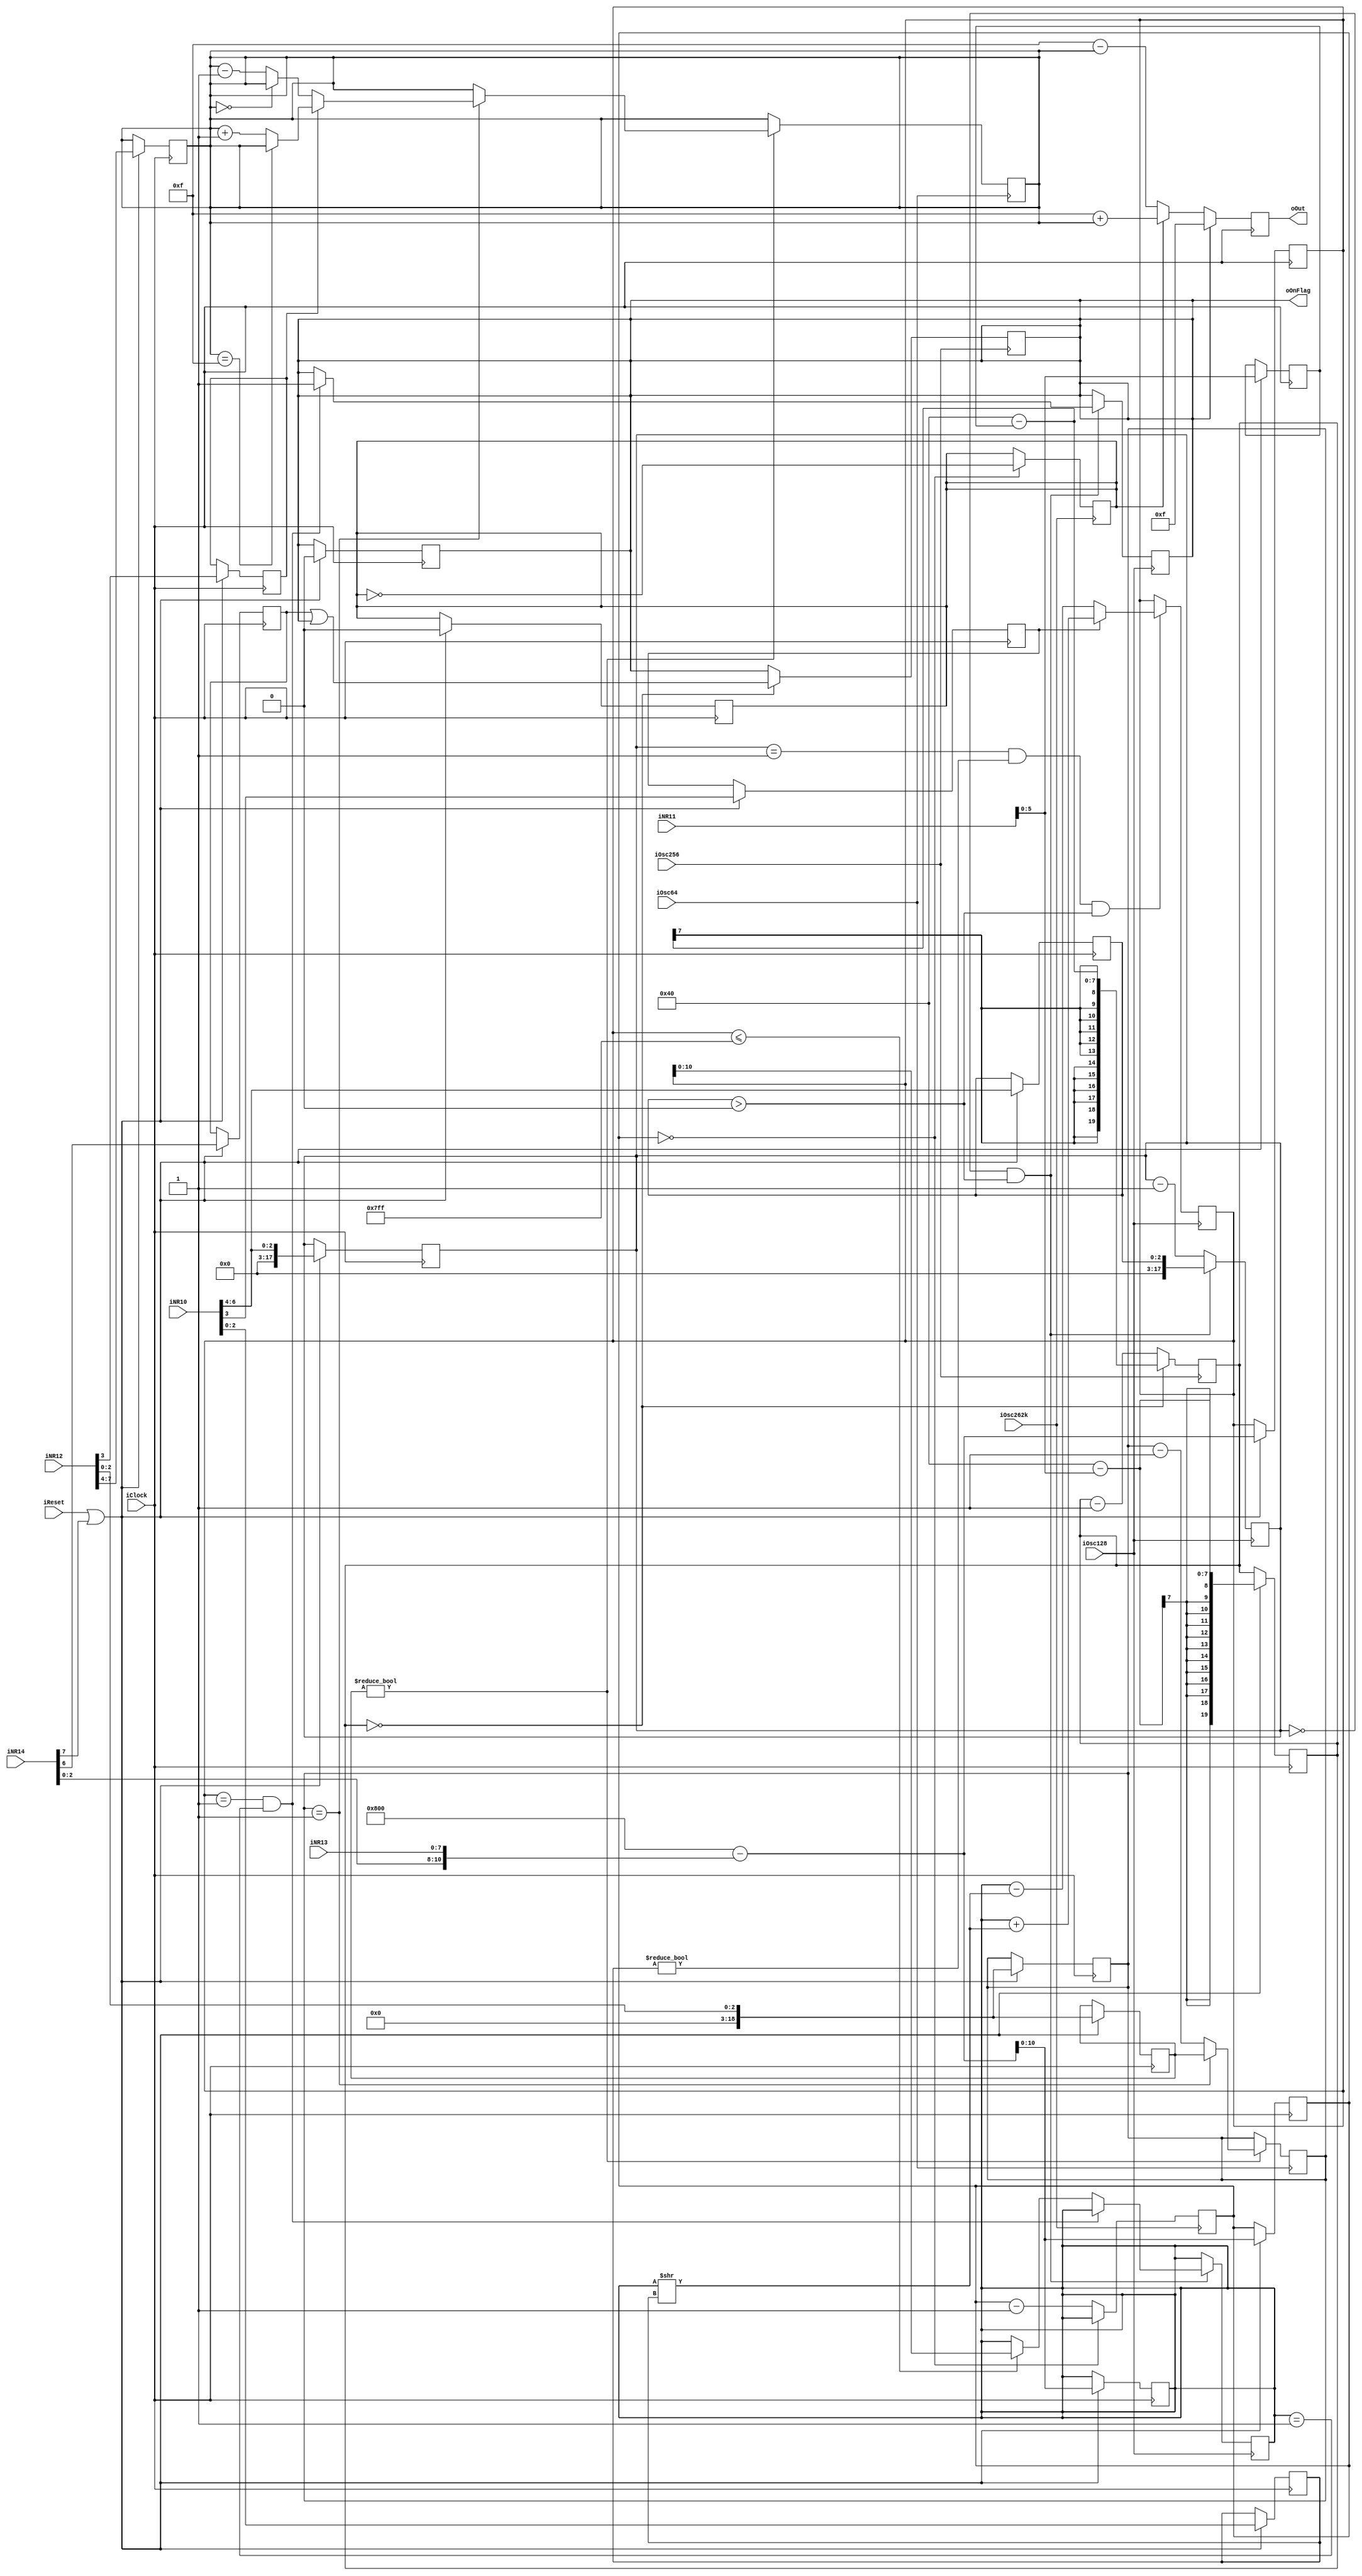
module SoundCtrlChannel1 
  (
    input wire		iClock,			
    input wire		iReset,
    input wire		iOsc64,			
	input wire		iOsc256,		
	input wire 		iOsc128,		
    input wire		iOsc262k,		
    input wire [7:0] iNR10,
    input wire [7:0] iNR11,
    input wire [7:0] iNR12,
    input wire [7:0] iNR13,
    input wire [7:0] iNR14,            
    output reg [4:0]	oOut,
    output wire oOnFlag    
  );
 	reg [2:0] rSweepShifts;
 	reg rSweepMode;
 	reg [2:0] rSweepTime;
 	reg [17:0] rSweepCounter;
	reg [11:0] rSoundFrequencyNew;
	reg [5:0] rLength;
 	reg [19:0] rLengthCounter;	
	reg [1:0] rDutyCycle;
	reg rTimedMode;
 	reg rLengthComplete; 	
	reg rTone;
	reg [10:0] rSoundFrequency;
	reg [10:0] rSoundFrequencyCounter;
	reg [3:0] rStep;
	reg [18:0] rStepTime;
	reg [18:0] rStepCounter;
	reg [3:0] rInitialValue;
	reg rEvelopeMode;
 	wire [4:0] up_value, down_value;
	always @(posedge iClock) begin
		if (iReset || iNR14[7]) begin 
			rLength 		<= iNR11[5:0];
			rLengthCounter 	<= 64-iNR11[5:0]; 	
			rLengthComplete <= 0;			
			rDutyCycle		<= iNR11[7:6];
			rTimedMode <= iNR14[6];
			rStepTime		<= iNR12[2:0];
			rStepCounter 	<= iNR12[2:0]; 
			rEvelopeMode	<= iNR12[3];
			rInitialValue	<= iNR12[7:4];
			rStep 			<= iNR12[7:4];
			rTone 			<= 0;
			rSoundFrequency[10:0] <= 2048-{iNR14[2:0],iNR13[7:0]};
			rSoundFrequencyCounter[10:0] <= 2048-{iNR14[2:0],iNR13[7:0]}; 
			rSoundFrequencyNew <= 2048-{iNR14[2:0],iNR13[7:0]};
			rSweepShifts <= iNR10[2:0];
			rSweepMode <= iNR10[3];
			rSweepTime <= iNR10[6:4];
			rSweepCounter <= iNR10[6:4];
		end
	end
  	always @(posedge iOsc64) begin
  		if (rStepTime != 0) begin 			
	  		if (rStepCounter ==1 ) begin
	  			rStepCounter <= rStepTime; 	
				if(rEvelopeMode) begin 		
					rStep <= ((rStep == 4'hF) ? rStep : rStep+1); 
				end
				else begin
					rStep <= ((rStep == 4'h0) ? rStep : rStep-1); 
				end
	  		end
	  		else begin
	  			rStepCounter <= rStepCounter-1;
	  		end  	
	  	end
	end
	always @(posedge iOsc262k) begin
		if (rSoundFrequencyCounter ==0) begin
			rSoundFrequencyCounter <= rSoundFrequency;
			rTone <= ~rTone;
		end
		else begin
			rSoundFrequencyCounter <= rSoundFrequencyCounter-1;
		end
	end
	always @(posedge iOsc128) begin 
		if (rSweepCounter ==1 && rSweepShifts != 0 && rSweepTime > 0) begin 
			if (rSweepMode) begin
				rSoundFrequencyNew <= rSoundFrequency + (rSoundFrequency >> rSweepShifts);
			end
			else begin
				rSoundFrequencyNew <= rSoundFrequency - (rSoundFrequency >> rSweepShifts);			
			end
		end
		if (rSweepCounter ==0 && rSweepTime > 0) begin 
			if (rSoundFrequencyNew == 1 && rSoundFrequency == 1) begin 
				rLengthComplete = 1'b1 ;
			end
			else if (rSoundFrequencyNew <= 2047) begin 
				rSoundFrequency <= rSoundFrequencyNew;
			end
			rSweepCounter <= rSweepTime;
		end
		else begin
			rSweepCounter = rSweepCounter-1;
		end
	end
	always @(posedge iOsc256) begin
		if (rLengthCounter == 0) begin
			rLengthCounter <= 64-rLength;
			rLengthComplete <= (rTimedMode || rLengthComplete); 
		end
		else begin
			rLengthCounter <= rLengthCounter-1;
		end
	end
	assign up_value = 5'd15 + rStep;
	assign down_value = 5'd15 - rStep;
	always @(posedge iClock) begin
		if (rLengthComplete) begin
			oOut[4:0] <= 5'd15;
		end
		else begin
			if (rTone) begin
				oOut[4:0] <= up_value[4:0];
			end
			else begin
				oOut[4:0] <= down_value[4:0];
			end
		end
	end
assign oOnFlag = rLengthComplete;
endmodule